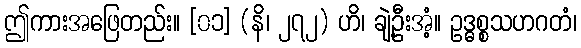
ဤကားအဖြေတည်း။ [၀၁] (နိ၊ ၂၇၂) ဟိ၊ ချဲ့ဦးအံ့။ ဥဒ္ဓစ္စသဟဂတံ၊